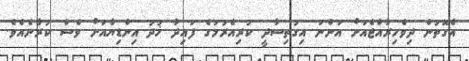
އެގޮތުން ދިވެހިރާއްޖެއަށް އަންނަ އިގުތިސާދީ ކުރިއެރުމުގެ ފައިދާ ޚުދު އިންޑިޔާއަށް ވެސް ކުރާނެއެވެ.